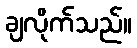
ချလိုက်သည်။